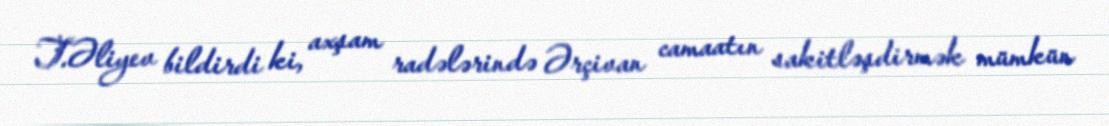
T.Əliyev bildirdi ki, axşam radələrində Ərçivan camaatın sakitləşdirmək mümkün